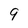
Character: 9